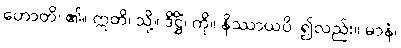
ဟောတိ၊ ၏။ ဣတိ၊ သို့။ ဒိဋ္ဌိံ၊ ကို။ နိဿာယပိ၊ ၍လည်း။ မာနံ၊